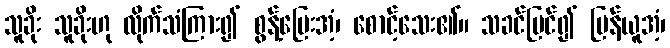
သူခိုး သူခိုးဟု လိုက်သံကြား၍ စွန့်ပြေးအံ့၊ စောင့်သေး၏။ သခင်မြင်၍ ပြန်ယူအံ့၊